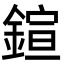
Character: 鍹